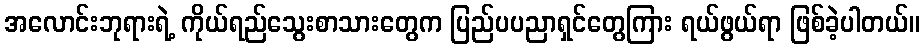
အလောင်းဘုရားရဲ့ ကိုယ်ရည်သွေးစာသားတွေက ပြည်ပပညာရှင်တွေကြား ရယ်ဖွယ်ရာ ဖြစ်ခဲ့ပါတယ်။